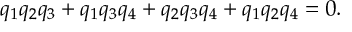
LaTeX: q _ { 1 } q _ { 2 } q _ { 3 } + q _ { 1 } q _ { 3 } q _ { 4 } + q _ { 2 } q _ { 3 } q _ { 4 } + q _ { 1 } q _ { 2 } q _ { 4 } = 0 .